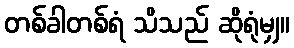
တစ်ခါတစ်ရံ သိသည် ဆိုရုံမျှ။